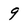
Character: 9